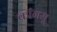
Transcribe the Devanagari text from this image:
कांगसू